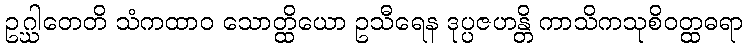
ဥဂ္ဃါတေတိ သံကထာဝ သောတ္ထိယော ဥသီရေန ဒုပ္ပဇဟန္တိ ကာသိကသုစိဝတ္ထဓရာ